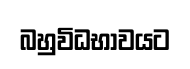
බහුවිධභාවයට